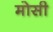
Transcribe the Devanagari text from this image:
मोसी